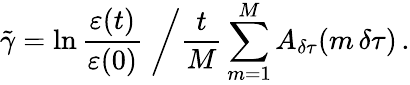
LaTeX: \tilde{\gamma}=\ln\frac{\varepsilon(t)}{\varepsilon(0)}\; \bigg/\frac{t}{M}\sum_{m=1}^{M}A_{\delta\tau}(m\, \delta\tau)\, .